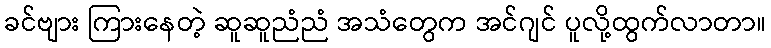
ခင်ဗျား ကြားနေတဲ့ ဆူဆူညံညံ အသံတွေက အင်ဂျင် ပူလို့ထွက်လာတာ။